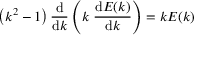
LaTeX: \left( k ^ { 2 } - 1 \right) { \frac { \mathrm { d } } { \mathrm { d } k } } \left( k \; { \frac { \mathrm { d } E ( k ) } { \mathrm { d } k } } \right) = k E ( k )